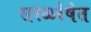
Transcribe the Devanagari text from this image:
सरळरेषेत